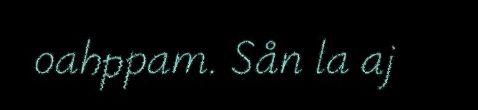
oahppam. Sån la aj